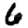
Digit: 6